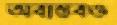
অবাস্তবও